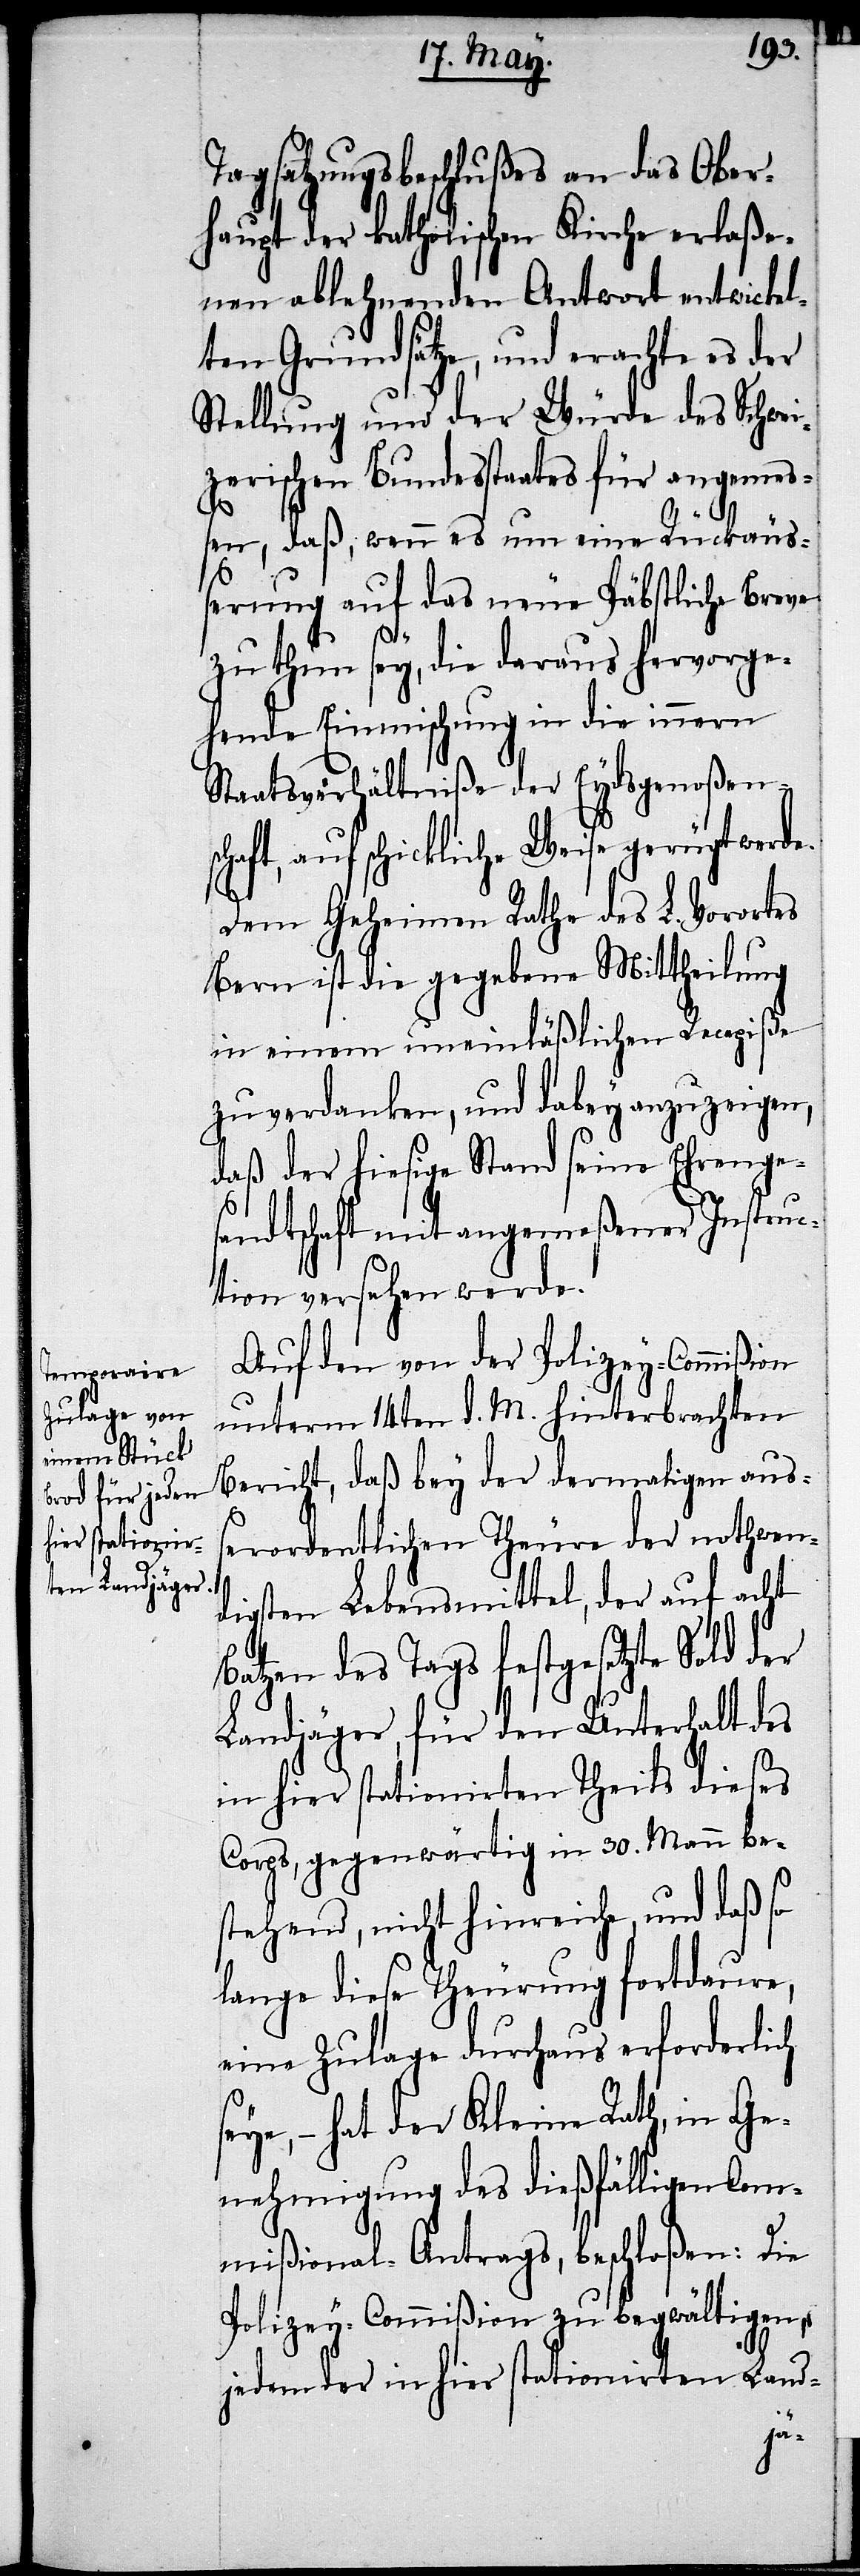
Tagsatzungsbeschlußes an das Ober¬
haupt der katholischen Kirche erlaße¬
nen ablehnenden Antwort entwickel¬
ten Grundsätze, und erachte es der
Stellung und der Würde des Schwei¬
zerischen Bundesstaates für angemeß¬
e.
en, daß, wenn es um eine Rückäuß¬
erung auf das neue Päbstliche Breve
zu thun sey, die daraus hervorge¬
hende Einmischung in die innern
Staatsverhältniße der Eydsgenoßen¬
aft, auf schickliche Weise gerügt werd¬
Dem Geheimen Rathe des L. Vorortes
Bern ist die gegebene Mittheilung
in einem uneinläßlichen Recepiße
zu verdanken, und dabey anzuzeigen,
daß der hiesige Stand seine Ehrenge¬
sandtschaft mit angemeßener Instruc¬
tion versehen werde.
Auf den von der Polizey-Commißion
unterm 14ten d. M. hinterbrachten
Bericht, daß bey der dermaligen auß¬
erordentlichen Theure der nothwen¬
digsten Lebensmittel, der auf acht
Batzen des Tags gestgesetzte Sold der
Landjäger, für den Unterhalt des
in hier stationirten Theils dieses
Corps, gegenwärtig in 30. Mann be¬
stehend, nicht hinreiche, und daß so
lange diese Theurung fortdaure,
eine Zulage durchaus erforderlich
seye, hat der Kleine Rath, in Ge¬
nehmigung des dießfälligen Com¬
mißional-Antrags, beschloßen: Die
Polizey-Commißion zu begwältigen,
jedem in hier stationirten Land-
sch¬